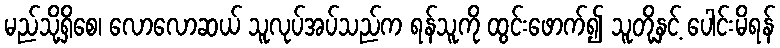
မည်သို့ရှိစေ၊ လောလောဆယ် သူလုပ်အပ်သည်က ရန်သူကို ထွင်းဖောက်၍ သူတို့နှင့် ပေါင်းမိရန်